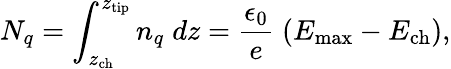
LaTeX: N_{q}=\int_{z_{\mathrm{ch}}}^{z_{\mathrm{tip}}}n_{q}\; dz=\frac{\epsilon_{0}}e\; (E_{\mathrm{max}}-E_{\mathrm{ch}}),